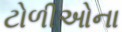
ટોળીઓના